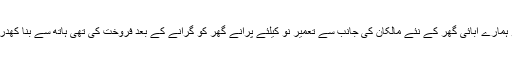
اس سے ملا تو دلچسپ انکشاف ہوا کہ یہ کھڈیاں اس نے اپنے ہاتھ سے اس لکڑی سے بنائی ہیں جو ہمارے آبائی گھر کے نئے مالکان کی جانب سے تعمیر نو کیلئے پرانے گھر کو گرانے کے بعد فروخت کی تھی ہاتھ سے بنا کھدر کا دھاگہ کچھ موٹا ہوتا ہے اس لیئے اس سے بنا ہوا کپڑا عموما سردیوں میں استعمال کیا جاتا ہے۔